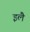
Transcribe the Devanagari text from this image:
इलै